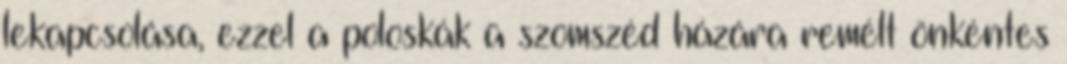
lekapcsolása, ezzel a poloskák a szomszéd házára remélt önkéntes